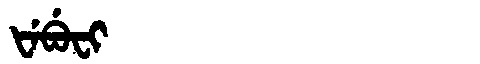
Manchu: ᡶᡝᠪᡠᠸᡳ
Romanization: FEBUFI